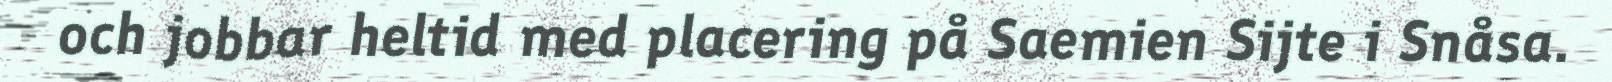
och jobbar heltid med placering på Saemien Sijte i Snåsa.